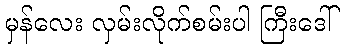
မှန်လေး လှမ်းလိုက်စမ်းပါ ကြီးဒေါ်